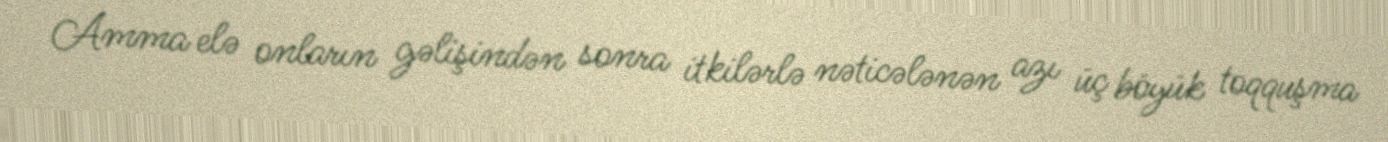
Amma elə onların gəlişindən sonra itkilərlə nəticələnən azı üç böyük toqquşma